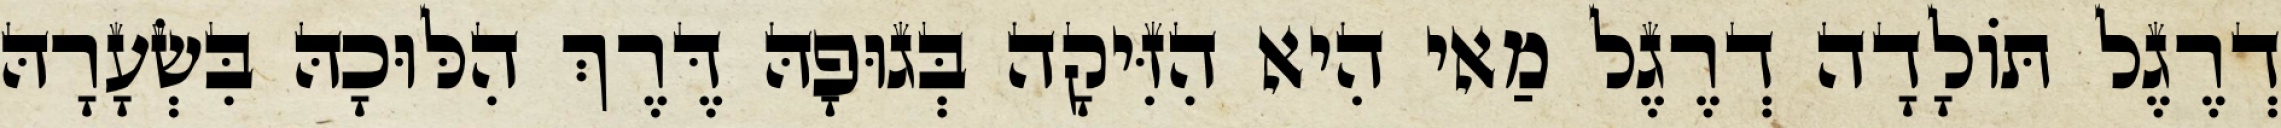
דְרֶגֶל תּוֹלָדָה דְרֶגֶל מַאי הִיא הִזִּיקָה בְּגוּפָהּ דֶּרֶךְ הִלּוּכָהּ בִּשְׂעָרָהּ